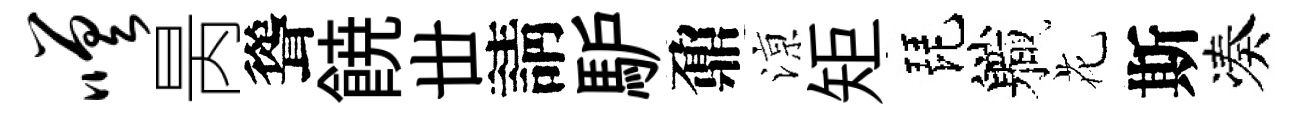
嗟昺聳𩜙丗請馿鼐鿌矩琵軄花斯凑